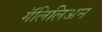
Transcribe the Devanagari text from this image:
गॅलिलिअन